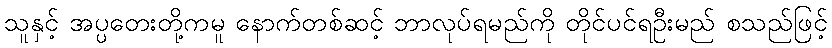
သူနှင့် အပ္ပတေးတို့ကမူ နောက်တစ်ဆင့် ဘာလုပ်ရမည်ကို တိုင်ပင်ရဦးမည် စသည်ဖြင့်